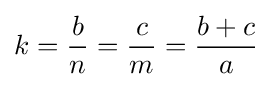
k={\frac {b}{n}}={\frac {c}{m}}={\frac {b+c}{a}}